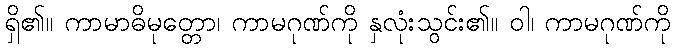
ရှိ၏။ ကာမာဓိမုတ္တော၊ ကာမဂုဏ်ကို နှလုံးသွင်း၏။ ဝါ၊ ကာမဂုဏ်ကို